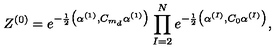
Z ^ { ( 0 ) } = e ^ { - \frac { 1 } { 2 } \big ( \alpha ^ { ( 1 ) } , C _ { m _ { d } } \alpha ^ { ( 1 ) } \big ) } \prod _ { I = 2 } ^ { N } e ^ { - \frac { 1 } { 2 } \big ( \alpha ^ { ( I ) } , C _ { 0 } \alpha ^ { ( I ) } \big ) } ,